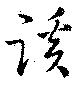
蹊